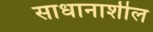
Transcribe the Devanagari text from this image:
साधानाशील